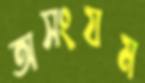
অসংযম